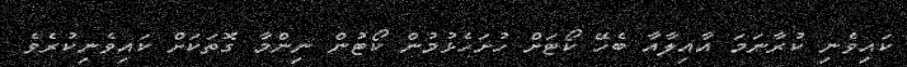
ކައިވެނި ކުރާނަމަ އާއިލާއާ ބެހޭ ކޯޓަށް ހުށަހެޅުމުން ކޯޓުން ނިންމާ ގޮތަކަށް ކައިވެނިކުރެވެ